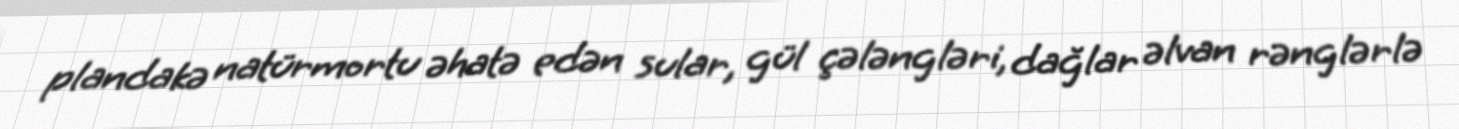
plandakə natürmortu əhatə edən sular, gül çələngləri, dağlar əlvan rənglərlə